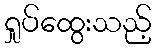
ရှုပ်ထွေးသည့်